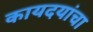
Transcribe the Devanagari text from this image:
कायदयांचा